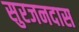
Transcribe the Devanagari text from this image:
सुरजनदास